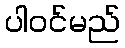
ပါဝင်မည်